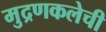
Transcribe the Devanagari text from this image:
मुद्रणकलेची